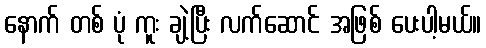
နောက် တစ် ပုံ ကူး ချဲ့ပြီး လက်ဆောင် အဖြစ် ပေးပါ့မယ်။